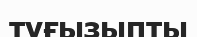
туғызыпты